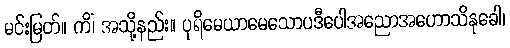
မင်းမြတ်။ ကိံ၊ အသို့နည်း။ ပုရိမေယာမေသောပဒီပေါအညောအဟောသိနုခေါ၊